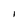
Character: i